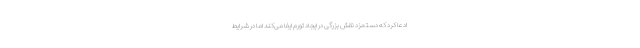
ادعا کرد که دستمزد نقش بزرگی در ایجاد تورم ایفا می‌کند اما در شرایط